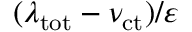
( \lambda _ { \mathrm { t o t } } - \nu _ { \mathrm { c t } } ) / \varepsilon